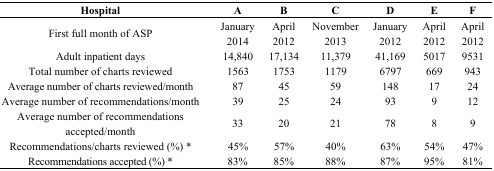
| Hospital | A | B | C | D | E | F |
 | --- | --- | --- | --- | --- | --- | --- |
 | First full month of ASP | January 2014 | April 2012 | November 2013 | January 2012 | April 2012 | April 2012 |
 | Adult inpatient days | 14,840 | 17,134 | 11,379 | 41,169 | 5017 | 9531 |
 | Total number of charts reviewed | 1563 | 1753 | 1179 | 6797 | 669 | 943 |
 | Average number of charts reviewed/month | 87 | 45 | 59 | 148 | 17 | 24 |
 | Average number of recommendations/month | 39 | 25 | 24 | 93 | 9 | 12 |
 | Average number of recommendations accepted/month | 33 | 20 | 21 | 78 | 8 | 9 |
 | Recommendations/charts reviewed (%) * | 45% | 57% | 40% | 63% | 54% | 47% |
 | Recommendations accepted (%) * | 83% | 85% | 88% | 87% | 95% | 81% |